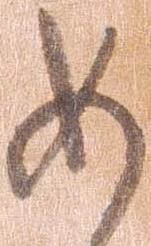
め